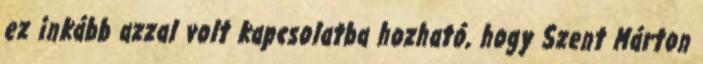
ez inkább azzal volt kapcsolatba hozható, hogy Szent Márton